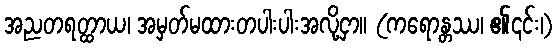
အညတရတ္ထာယ၊ အမှတ်မထားတပါးပါးအလို့ငှာ။ (ကရောန္တဿ၊ ၏၎င်း၊)